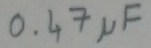
Text: 0.47µF